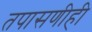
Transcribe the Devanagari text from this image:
तपासणीही